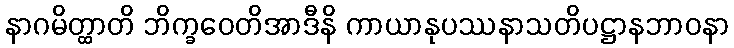
နာဂမိတ္ထာတိ ဘိက္ခဝေတိအာဒီနိ ကာယာနုပဿနာသတိပဋ္ဌာနဘာဝနာ